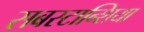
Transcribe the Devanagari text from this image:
सबस्टान्शिया